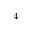
_ 4